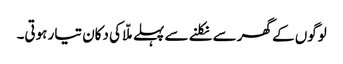
لوگوں کے گھر سے نکلنے سے پہلے ملّا کی دکان تیار ہوتی۔